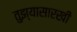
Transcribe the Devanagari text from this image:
तुझ्यासारखी